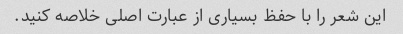
این شعر را با حفظ بسیاری از عبارت اصلی خلاصه کنید.